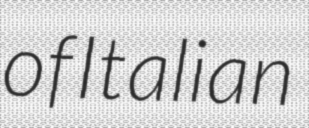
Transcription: of Italian